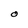
Character: O